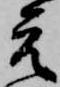
元